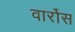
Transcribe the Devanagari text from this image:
वार्रोस